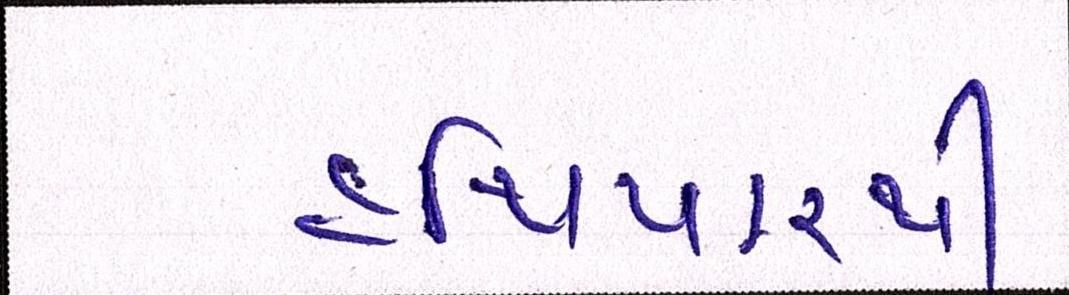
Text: હથિયારથી